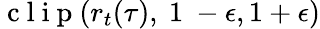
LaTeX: \mathrm{~c~l~i~p~}(r_{t}(\tau),~1~-\epsilon,1+\epsilon)